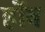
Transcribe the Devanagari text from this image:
र्होव